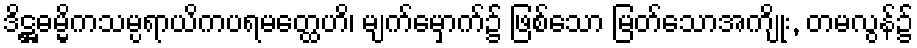
ဒိဋ္ဌဓမ္မိကသမ္ပရာယိကပရမတ္ထေဟိ၊ မျက်မှောက်၌ ဖြစ်သော မြတ်သောအကျိုး, တမလွန်၌